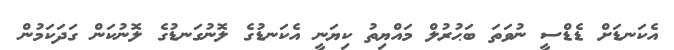
އެކަނޑަށް ޑެޑްސީ ނުވަތަ ބަޙުރުލް މައްޔިތު ކިޔަނީ އެކަނޑުގެ ލޮނުގަނޑުގެ ލޮނުކަން ގަދަކަމުން